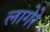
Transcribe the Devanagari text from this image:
लागेरे